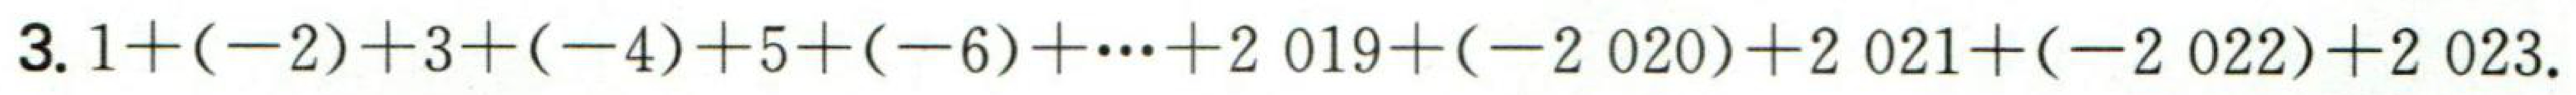
3. \(1+(-2)+3+(-4)+5+(-6)+\cdots +2019+(-2020)+2021+(-2022)+2023\).